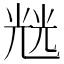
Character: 𭀬